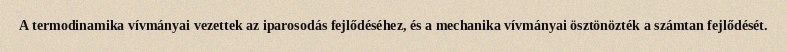
A termodinamika vívmányai vezettek az iparosodás fejlődéséhez, és a mechanika vívmányai ösztönözték a számtan fejlődését.